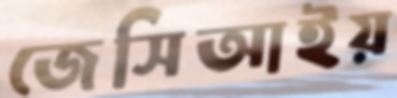
জেসিআইয়